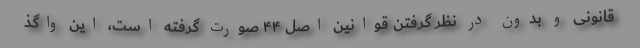
قانونی و بدون در نظر گرفتن قوانین اصل ۴۴ صورت گرفته است، این واگذ